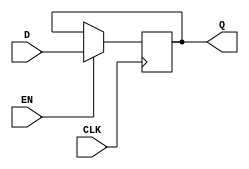
module transparent_latch (
  input wire D,
  input wire CLK,
  input wire EN,
  output reg Q
);
  
always @ (posedge CLK) begin
  if (EN) begin
    // Transparent state
    Q <= D;
  end
end

endmodule